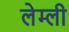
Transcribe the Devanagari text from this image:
लेम्ली